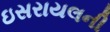
ઇસરાયલની